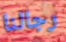
رجالنا